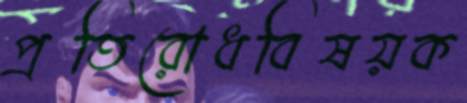
প্রতিরোধবিষয়ক